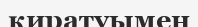
қиратуымен